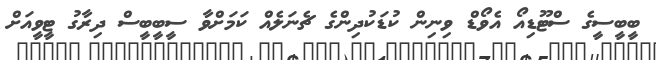
ބީބީސީގެ ސްޓޫޑިއޯ އެވޯޑް ވިނިން ކުޑަކުދިންގެ ޗެނަލެއް ކަމަށްވާ ސީބީބީސް ދިރާގު ޓީވީއަށް